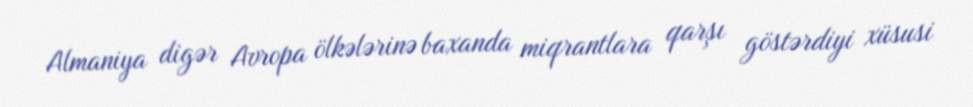
Almaniya digər Avropa ölkələrinə baxanda miqrantlara qarşı göstərdiyi xüsusi